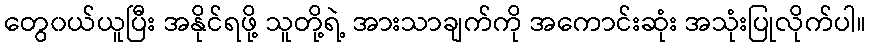
တွေ၀ယ်ယူပြီး အနိုင်ရဖို့ သူတို့ရဲ့ အားသာချက်ကို အကောင်းဆုံး အသုံးပြုလိုက်ပါ။